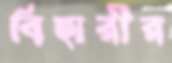
বিহারীর